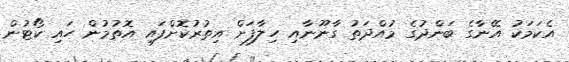
އެކަމަކު އޭނާގެ ބަންދުގެ މުއްދަތު ގާނޫނާއި ހިލާފަށް އިތުރުކޮށްފައި އޮތުމުން ހައި ކޯޓުން